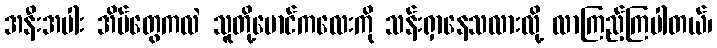
အနီးအပါး အိမ်တွေကလဲ သူတို့မောင်ကလေးကို သန်းရှာနေသလားလို့ လာကြည့်ကြပါတယ်၊